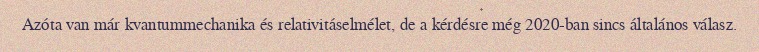
Azóta van már kvantummechanika és relativitáselmélet, de a kérdésre még 2020-ban sincs általános válasz.